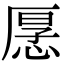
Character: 𭝡